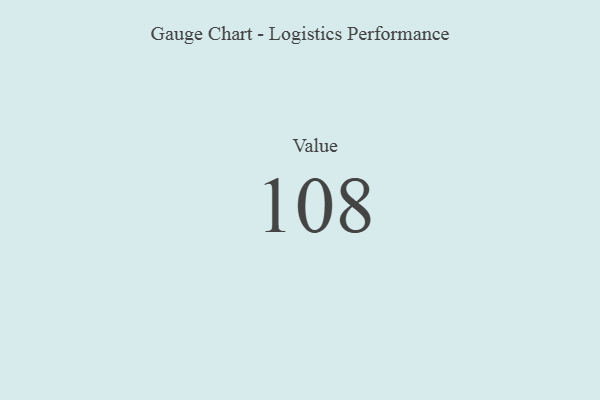
{"axis": {"x": "Metric", "y": "Value"}, "legend": [""], "data": [{"x": "Value", "y": 108, "type": ""}]}